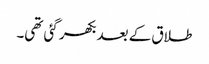
طلاق کے بعد بکھر گئی تھی۔